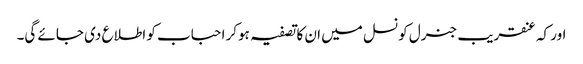
اور کہ عنقریب جنرل کونسل میں ان کا تصفیہ ہوکر احباب کو اطلاع دی جائے گی۔